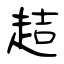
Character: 趌